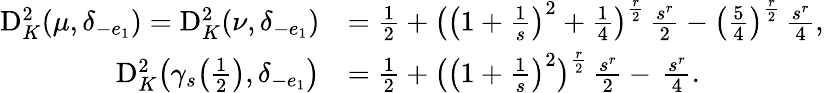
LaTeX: \begin{array}{rl}{\mathrm D_{K}^{2}(\mu,\delta_{-e_{1}})=\mathrm D_{K}^{2}(\nu,\delta_{-e_{1}})}&{=\frac{1}{2}+\bigl(\bigl(1+\frac{1}{s}\bigr)^{2}+\frac{1}{4}\bigr)^{\frac{r}{2}}\, \frac{s^{r}}{2}-\bigl(\frac{5}{4}\bigr)^{\frac{r}{2}}\, \frac{s^{r}}{4},}\\ {\mathrm D_{K}^{2}\bigl(\gamma_{s}\bigl(\frac{1}{2}\bigr),\delta_{-e_{1}}\bigr)}&{=\frac{1}{2}+\bigl(\bigl(1+\frac{1}{s}\bigr)^{2}\bigr)^{\frac{r}{2}}\, \frac{s^{r}}{2}-\, \frac{s^{r}}{4}.}\end{array}